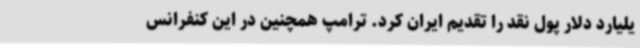
یلیارد دلار پول نقد را تقدیم ایران کرد. ترامپ همچنین در این کنفرانس